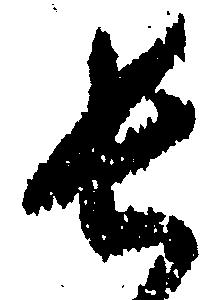
長